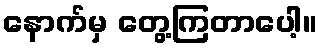
နောက်မှ တွေ့ကြတာပေါ့။